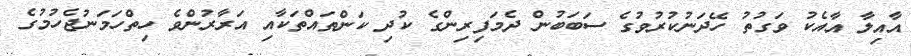
އާއިލާ އާއެކު ވަގުތު ހޭދަނުކުރުވުގެ ސަބަބުން ދެމަފިރިންގެ ކުދި ކަންތައްތަކާއި އަރާރުންވެ ހިތްހަމަނުޖެހުމުގެ